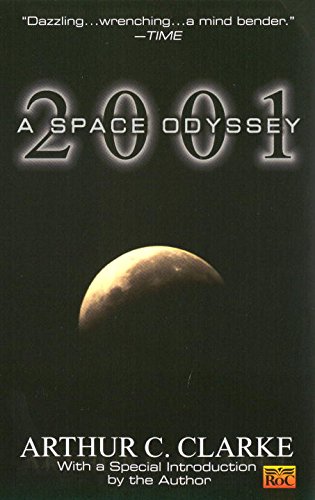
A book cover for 2001: a Space Odyssey; Arthur C. Clarke; Science Fiction & Fantasy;